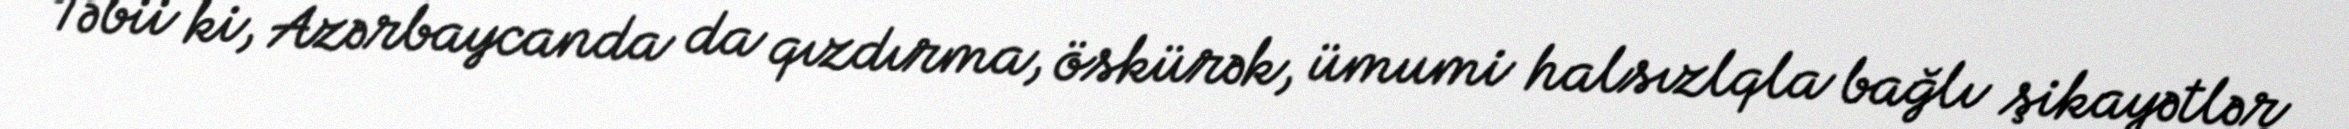
Təbii ki, Azərbaycanda da qızdırma, öskürək, ümumi halsızlqla bağlı şikayətlər